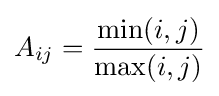
A_{ij}={\frac {{\mbox{min}}(i,j)}{{\mbox{max}}(i,j)}}